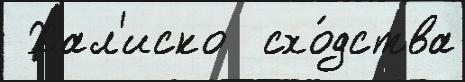
 Хал'иско  схо́дства